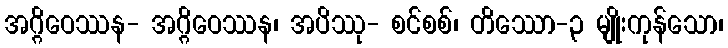
အဂ္ဂိဝေဿန- အဂ္ဂိဝေဿန၊ အပိဿု- စင်စစ်၊ တိဿော-၃ မျိုးကုန်သော၊